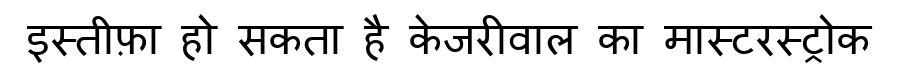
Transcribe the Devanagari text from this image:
इस्तीफ़ा हो सकता है केजरीवाल का मास्टरस्ट्रोक